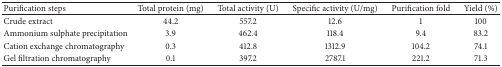
<table><thead><tr><td><b>Purification steps</b></td><td><b>Total protein (mg)</b></td><td><b>Total activity (U)</b></td><td><b>Specific activity (U/mg)</b></td><td><b>Purification fold</b></td><td><b>Yield (%)</b></td></tr></thead><tbody><tr><td>Crude extract</td><td>44.2</td><td>557.2</td><td>12.6</td><td>1</td><td>100</td></tr><tr><td>Ammonium sulphate precipitation </td><td>3.9</td><td>462.4</td><td>118.4</td><td>9.4</td><td>83.2</td></tr><tr><td>Cation exchange chromatography</td><td>0.3</td><td>412.8</td><td>1312.9</td><td>104.2</td><td>74.1</td></tr><tr><td>Gel filtration chromatography</td><td>0.1</td><td>397.2</td><td>2787.1</td><td>221.2</td><td>71.3</td></tr></tbody></table>